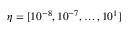
\eta = [ 1 0 ^ { - 8 } , 1 0 ^ { - 7 } , \dotsc , 1 0 ^ { 1 } ]